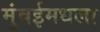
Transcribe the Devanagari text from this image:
मुंबईमधला